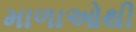
માળાઓથી